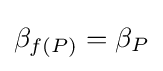
\beta _{f(P)}=\beta _{P}